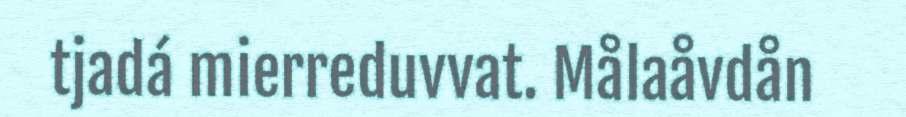
tjadá mierreduvvat. Målaåvdån